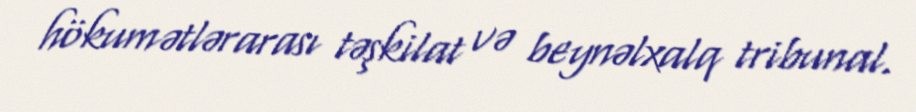
hökumətlərarası təşkilat və beynəlxalq tribunal.